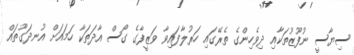
ސިޔާސީ ނުފޫޒުތަކާއި ދިވެހިންގެ ތެރޭގައި ހަރުލާފައިވާ ވަޒީފާގެ ގޯސް އާދަތަކާ ހަމައަށް އުނދަގޫތައް